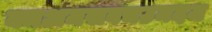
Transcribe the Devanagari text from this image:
क्मअमसवचउमदज